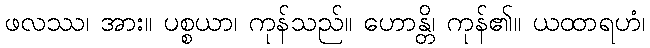
ဖလဿ၊ အား။ ပစ္စယာ၊ ကုန်သည်။ ဟောန္တိ၊ ကုန်၏။ ယထာရဟံ၊